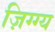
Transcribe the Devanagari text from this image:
ज़िग्ग्य